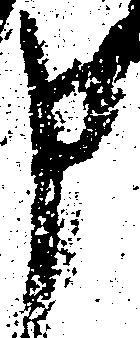
申